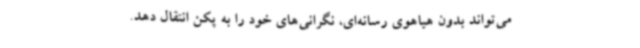
می‌تواند بدون هیاهوی رسانه‌ای، نگرانی‌های خود را به پکن انتقال دهد.